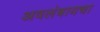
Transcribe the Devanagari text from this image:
अवलंबायचा